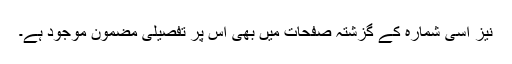
نیز اِسی شمارہ کے گزشتہ صفحات میں بھی اِس پر تفصیلی مضمون موجود ہے۔